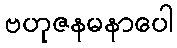
ဗဟုဇနမနာပေါ